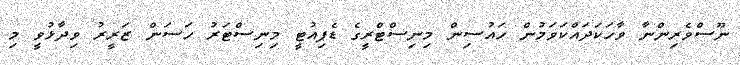
ނޫސްވެރިންނާ ވާހަކަދައްކަވަމުން ހައުސިން މިނިސްޓްރީގެ ޑެޕިއުޓީ މިނިސްޓަރު ހަސަން ޒަރީރު ވިދާޅުވީ މި